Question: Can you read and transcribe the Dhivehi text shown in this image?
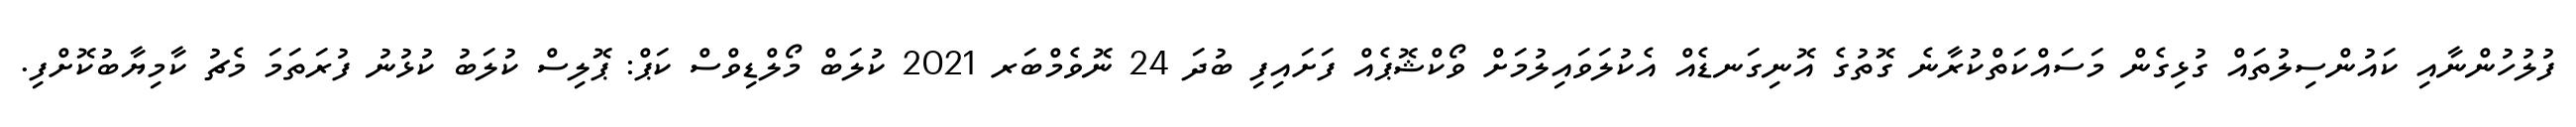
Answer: ފުލުހުންނާއި ކައުންސިލުތައް ގުޅިގެން މަސައްކަތްކުރާނެ ގޮތުގެ އޮނިގަނޑެއް އެކުލަވައިލުމަށް ވޯކްޝޮޕެއް ފަށައިފި ބުދަ 24 ނޮވެމްބަރ 2021 ކުލަބް މޯލްޑިވްސް ކަޕް: ޕޮލިސް ކުލަބު ކުޅުނު ފުރަތަމަ މެޗު ކާމިޔާބުކޮށްފި.